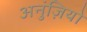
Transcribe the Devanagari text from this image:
अनुंज़ियो